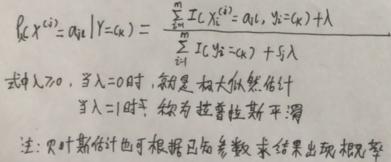
\[
p_{\theta}(X^{(i)} = a_{jl} | Y = k) = \frac{\sum_{i = 1}^{m} I(X_{jl}^{(i)} = a_{jl}, Y^{(i)} = k) + \lambda}{\sum_{i = 1}^{m} I(Y^{(i)} = k) + s_{j}\lambda}
\]
式中\(\lambda \geq 0\)，当\(\lambda = 0\)时，就是极大似然估计。
当\(\lambda = 1\)时，称为拉普拉斯平滑。
注：贝叶斯估计也可根据已知参数求结果出现概率。